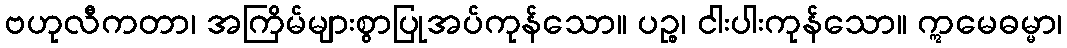
ဗဟုလီကတာ၊ အကြိမ်များစွာပြုအပ်ကုန်သော။ ပဉ္စ၊ ငါးပါးကုန်သော။ ဣမေဓမ္မာ၊